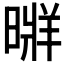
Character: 𣉚